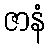
ဇာနံ